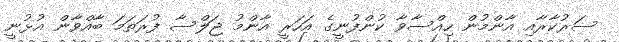
ސަރުކާރާއި އާންމުން ހިއްސާވާ ކުންފުނީގެ އަހަރީ އާންމު ޖަލްސާ ފުރަތަމަ ބާއްވާން އުޅުނީ